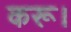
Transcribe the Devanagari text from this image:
करू।